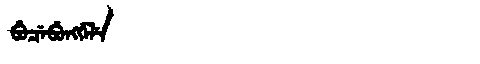
Manchu: ᠪᡠᠴᡝᠪᡠᠩᡤᡝᠯᡝ
Romanization: BUCEBUNGGELE